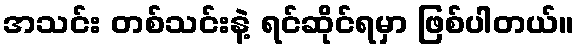
အသင်း တစ်သင်းနဲ့ ရင်ဆိုင်ရမှာ ဖြစ်ပါတယ်။